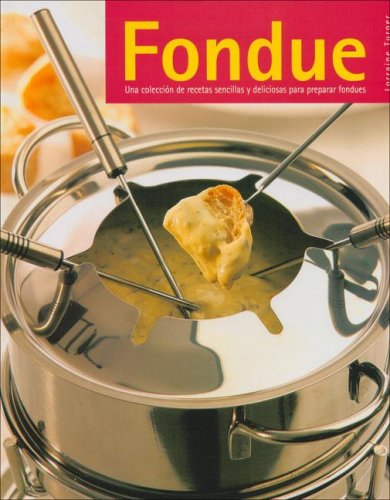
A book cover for Fondue (Spanish Edition); Loraine Turner; Cookbooks, Food & Wine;